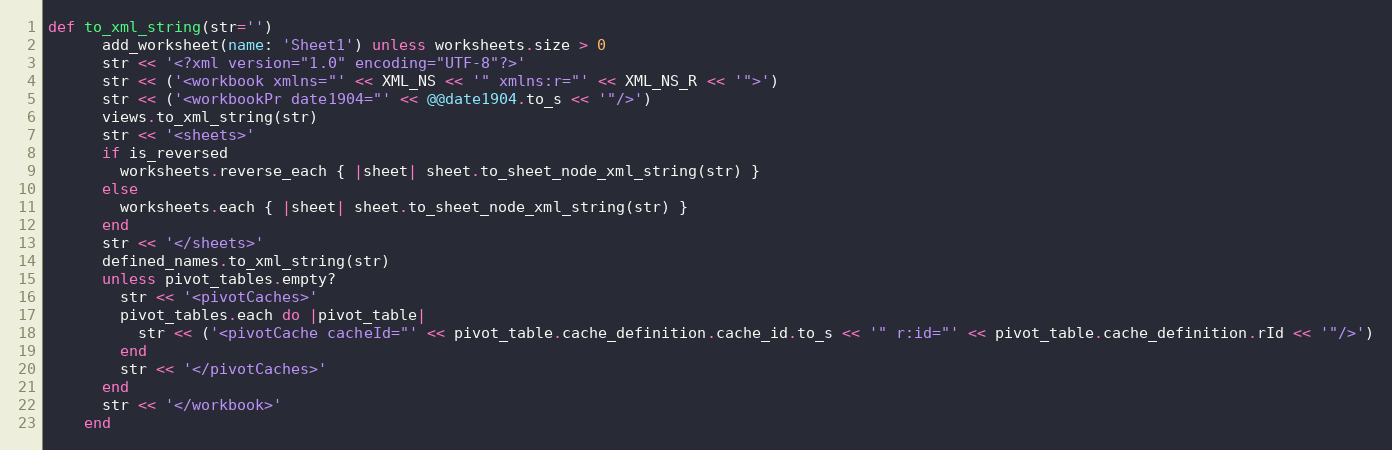
Language: Ruby
def to_xml_string(str='')
      add_worksheet(name: 'Sheet1') unless worksheets.size > 0
      str << '<?xml version="1.0" encoding="UTF-8"?>'
      str << ('<workbook xmlns="' << XML_NS << '" xmlns:r="' << XML_NS_R << '">')
      str << ('<workbookPr date1904="' << @@date1904.to_s << '"/>')
      views.to_xml_string(str)
      str << '<sheets>'
      if is_reversed
        worksheets.reverse_each { |sheet| sheet.to_sheet_node_xml_string(str) }
      else
        worksheets.each { |sheet| sheet.to_sheet_node_xml_string(str) }
      end
      str << '</sheets>'
      defined_names.to_xml_string(str)
      unless pivot_tables.empty?
        str << '<pivotCaches>'
        pivot_tables.each do |pivot_table|
          str << ('<pivotCache cacheId="' << pivot_table.cache_definition.cache_id.to_s << '" r:id="' << pivot_table.cache_definition.rId << '"/>')
        end
        str << '</pivotCaches>'
      end
      str << '</workbook>'
    end